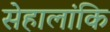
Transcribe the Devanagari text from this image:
सेहालांकि